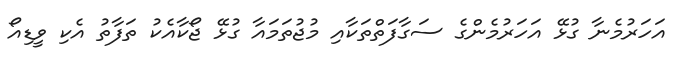
އަހަރުމެނާ ގުޅޭ އަހަރުމެންގެ ސަގާފަތްތަކާއި މުޖުތަމައާ ގުޅޭ ޖޯކާއެކު ތަފާތު އެކި ވީޑިއޯ